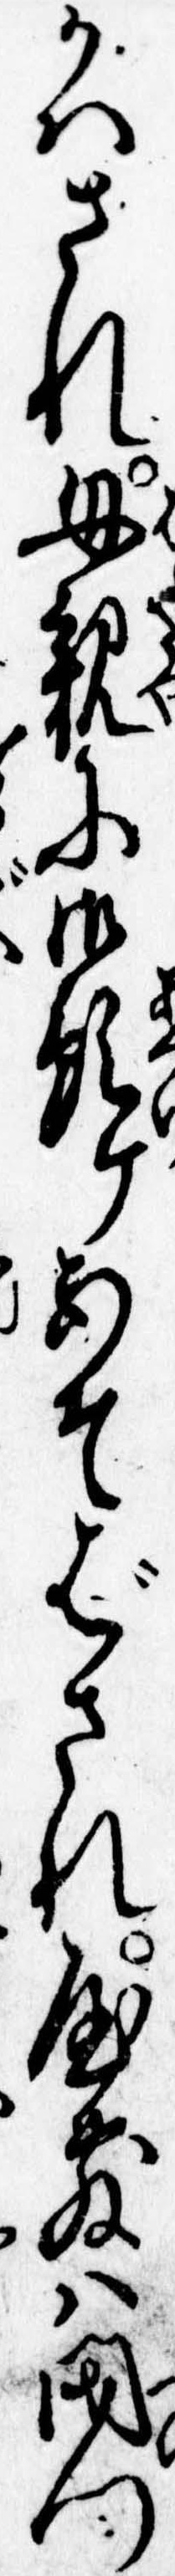
かはされ母親に御預ケあそばされ屋敷は閉門